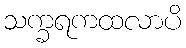
သက္ခရကထလာပိ